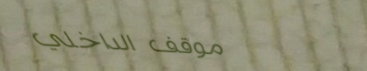
موقف الداخلي